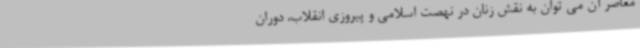
معاصر آن می توان به نقش زنان در نهصت اسلامی و پیروزی انقلاب، دوران